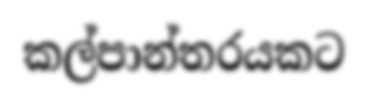
කල්පාන්තරයකට